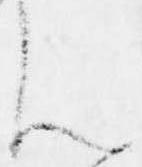
ん